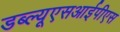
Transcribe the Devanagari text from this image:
डब्ल्यूएसआईपीएस